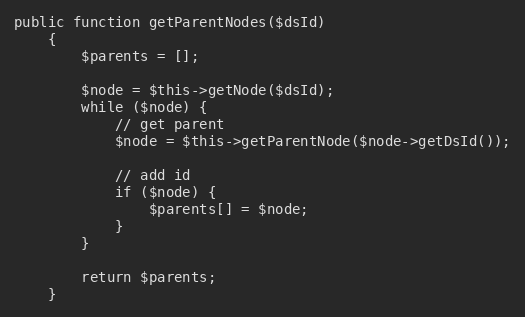
Language: PHP
public function getParentNodes($dsId)
    {
        $parents = [];

        $node = $this->getNode($dsId);
        while ($node) {
            // get parent
            $node = $this->getParentNode($node->getDsId());

            // add id
            if ($node) {
                $parents[] = $node;
            }
        }

        return $parents;
    }